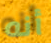
أنه